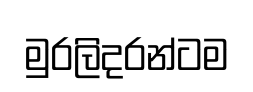
මුරලිදරන්ටම